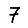
Digit: 7